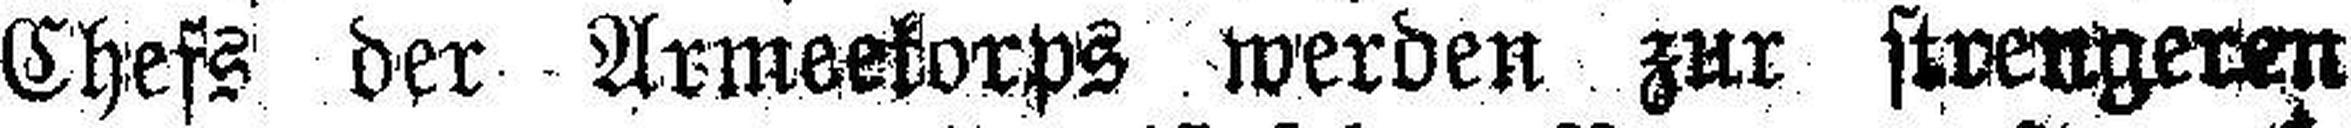
Chefs der Armeekorps werden zur stvengeren